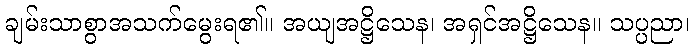
ချမ်းသာစွာအသက်မွေးရ၏။ အယျအဋ္ဌိသေန၊ အရှင်အဋ္ဌိသေန။ သပ္ပညာ၊